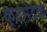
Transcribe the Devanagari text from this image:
कूटभेदक